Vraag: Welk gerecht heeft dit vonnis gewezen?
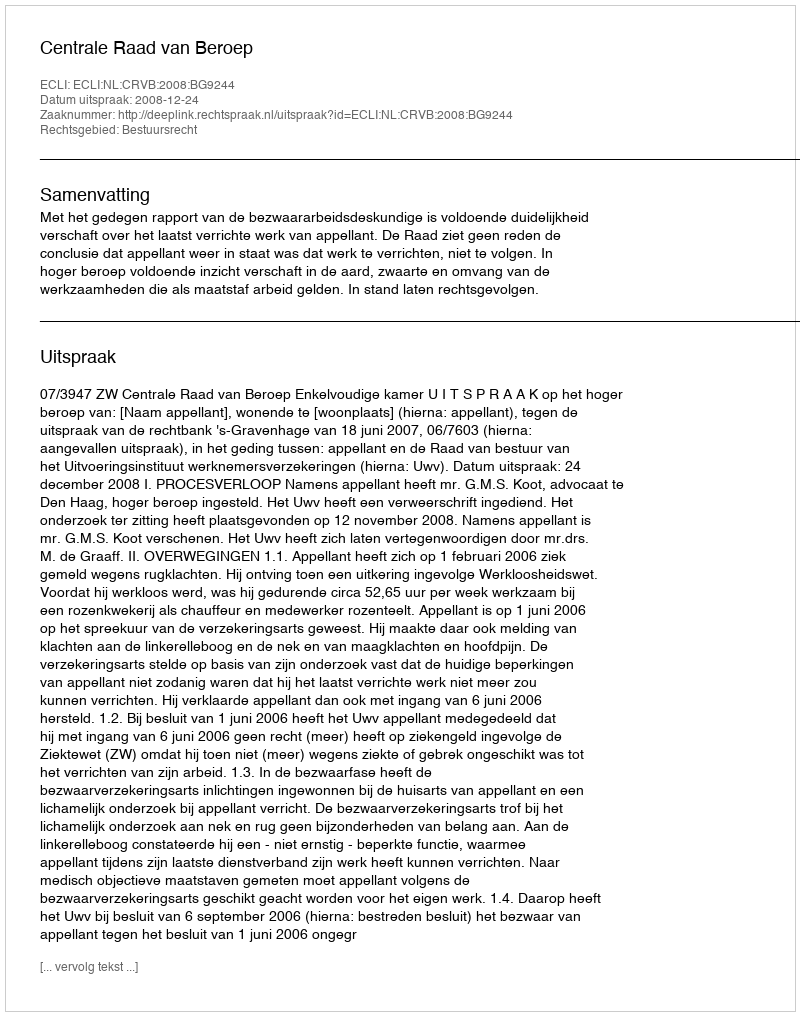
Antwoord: Centrale Raad van Beroep